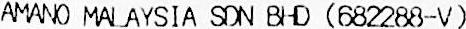
AMANO MALAYSIA SDN BHD (682288-V)